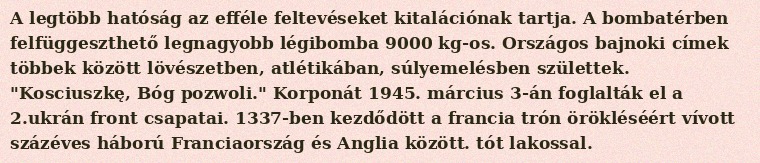
A legtöbb hatóság az efféle feltevéseket kitalációnak tartja. A bombatérben felfüggeszthető legnagyobb légibomba 9000 kg-os. Országos bajnoki címek többek között lövészetben, atlétikában, súlyemelésben születtek. "Kosciuszkę, Bóg pozwoli." Korponát 1945. március 3-án foglalták el a 2.ukrán front csapatai. 1337-ben kezdődött a francia trón örökléséért vívott százéves háború Franciaország és Anglia között. tót lakossal.